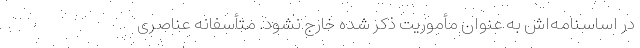
در اساسنامه‌اش به عنوان مأموریت ذکر شده خارج نشود. متأسفانه عناصری